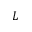
\cal L